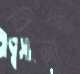
বিনাত